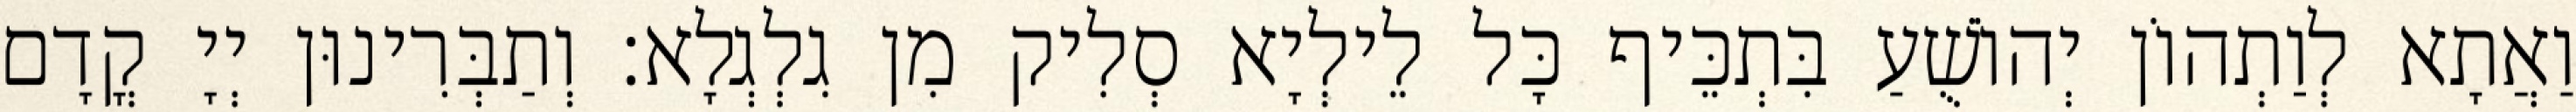
וַאֲתָא לְוַתְהוֹן יְהוֹשֻׁעַ בִּתְכֵּיף כָּל לֵילְיָא סְלִיק מִן גִלְגְלָא׃ וְתַבְּרִינוּן יְיָ קֳדָם